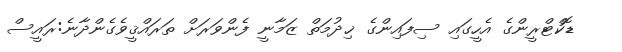
ޑޮކްޓްރީންގެ އެހީގައި ސިފައިންގެ ޚިދުމަތް ޒަމާނީ ފެންވަރަށް ތަރައްޤީވެގެންދާނެ:ރައީސް